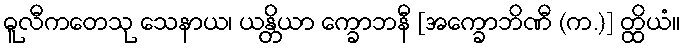
ဓူလီကတေသု သေနာယ၊ ယန္တိယာ က္ခောဘနီ [အက္ခောဘိဏီ (က.)] တ္ထိယံ။